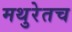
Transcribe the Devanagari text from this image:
मथुरेतच